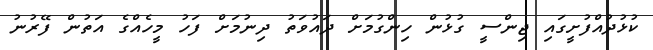
ކުޅުދުއްފުށީގައި ޖިންސީ ގުޅުން ހިންގުމަށް ދައުވަތު ދިނުމަށް ފަހު މީހެއްގެ އަތުން ފޭރުނު